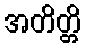
အတိတ္တိ